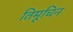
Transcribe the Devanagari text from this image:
तिमूचिन